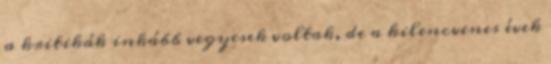
a kritikák inkább vegyesek voltak, de a kilencvenes évek